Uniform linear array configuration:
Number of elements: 64
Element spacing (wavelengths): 0.75
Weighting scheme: hann
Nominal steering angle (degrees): -30
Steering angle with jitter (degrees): -29.991
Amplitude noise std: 0.05
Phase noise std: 0.05

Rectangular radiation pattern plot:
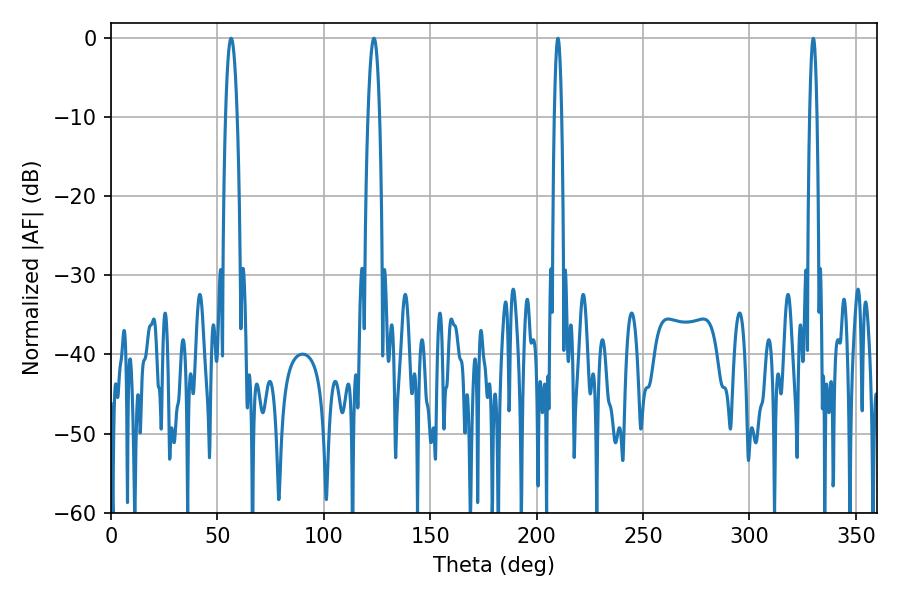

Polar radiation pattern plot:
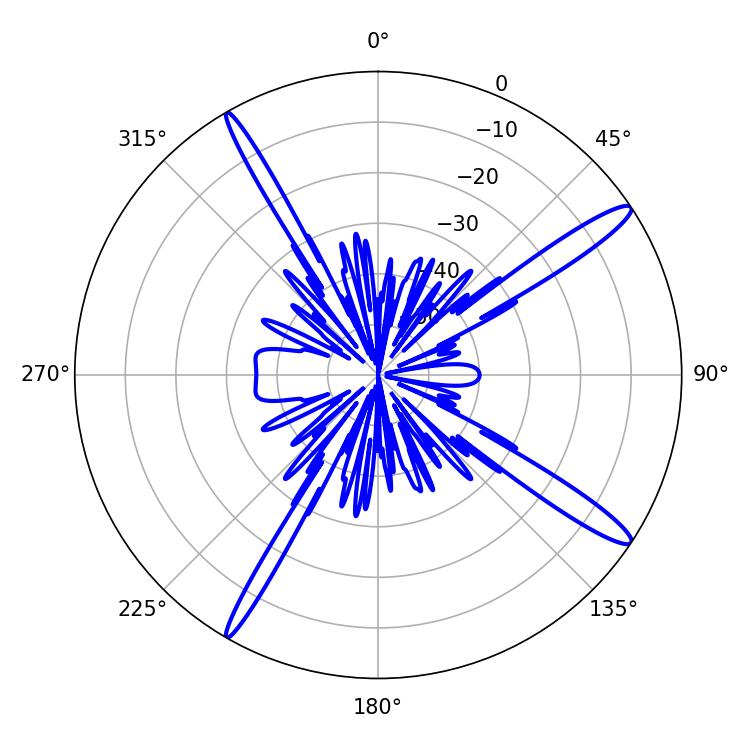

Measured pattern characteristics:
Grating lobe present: TRUE
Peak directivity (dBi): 15.292
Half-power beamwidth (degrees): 3.06
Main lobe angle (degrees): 56.52